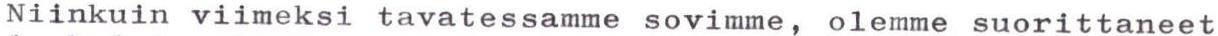
Niinkuin viimeksi tavatessamme sovimme, olemme suorittaneet